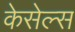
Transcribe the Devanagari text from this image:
केसेल्स